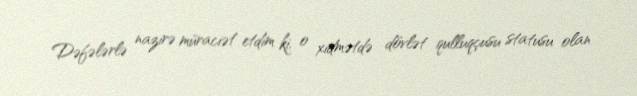
Dəfələrlə nazirə müraciət etdim ki, o xidmətdə dövlət qulluqçusu statusu olan